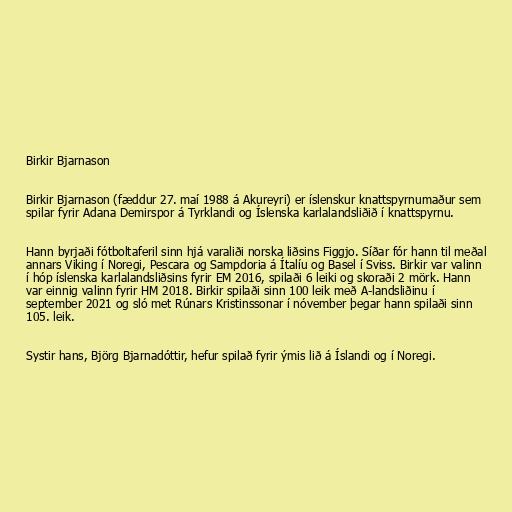
Birkir Bjarnason

Birkir Bjarnason (fæddur 27. maí 1988 á Akureyri) er íslenskur knattspyrnumaður sem
spilar fyrir Adana Demirspor á Tyrklandi og Íslenska karlalandsliðið í knattspyrnu.

Hann byrjaði fótboltaferil sinn hjá varaliði norska liðsins Figgjo. Síðar fór hann til meðal
annars Viking í Noregi, Pescara og Sampdoria á Ítalíu og Basel í Sviss. Birkir var valinn
í hóp íslenska karlalandsliðsins fyrir EM 2016, spilaði 6 leiki og skoraði 2 mörk. Hann
var einnig valinn fyrir HM 2018. Birkir spilaði sinn 100 leik með A-landsliðinu í
september 2021 og sló met Rúnars Kristinssonar í nóvember þegar hann spilaði sinn
105. leik.

Systir hans, Björg Bjarnadóttir, hefur spilað fyrir ýmis lið á Íslandi og í Noregi.